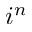
i ^ { n }